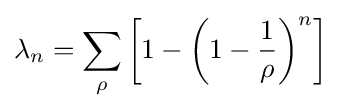
\lambda _{n}=\sum _{\rho }\left[1-\left(1-{\frac {1}{\rho }}\right)^{n}\right]